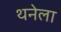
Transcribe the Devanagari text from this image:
थनेला